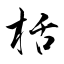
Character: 栝